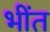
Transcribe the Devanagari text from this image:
भींत